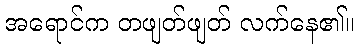
အရောင်က တဖျတ်ဖျတ် လက်နေ၏။